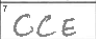
Transcription: CCE